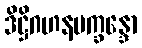
ဒိဋ္ဌိဂဟနပက္ခန္ဒော